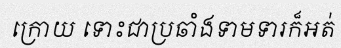
ក្រោយ ទោះជាប្រឆាំងទាមទារក៏អត់